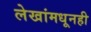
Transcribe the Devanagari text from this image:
लेखांमधूनही